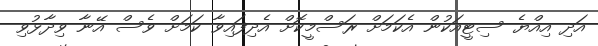
އަދި އިއްޔެ ސިޓީއަކުން އެކަމަށް ރަސްމީކޮށް އެދިފައިވާ ކަމަށް ވެސް އޭނާ ވިދާޅުވި